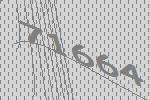
71664